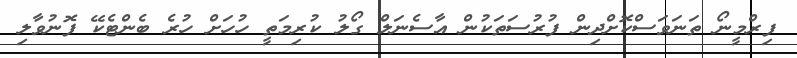
ފިރްމީނޯ ތަނަވަސްކޮށްދިން ފުރުސަތަކުން އާސެނަލް ގޯލު ކުރިމަތީ ހުހަށް ހުރެ ބެންޓެކޭ ފޮނުވާލި